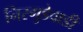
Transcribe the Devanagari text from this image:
निरगुडेवाडी